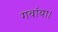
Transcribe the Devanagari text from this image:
गवांया।